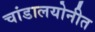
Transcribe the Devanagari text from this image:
चांडालयोनीत